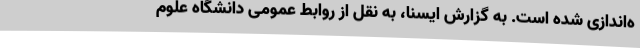
ه‌اندازی شده است. به گزارش ایسنا، به نقل از روابط عمومی دانشگاه علوم